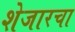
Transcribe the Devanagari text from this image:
शेजारचा